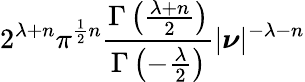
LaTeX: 2^{\lambda+n}\pi^{{\frac{1}{2}}n}{\frac{\Gamma\left({\frac{\lambda+n}{2}}\right)}{\Gamma\left(-{\frac{\lambda}{2}}\right)}}|{\boldsymbol{\nu}}|^{-\lambda-n}